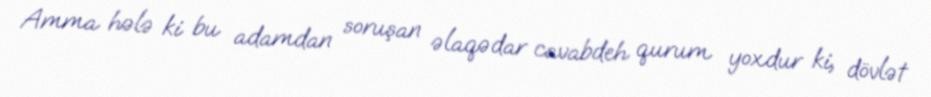
Amma hələ ki bu adamdan soruşan əlaqədar cavabdeh qurum yoxdur ki, dövlət